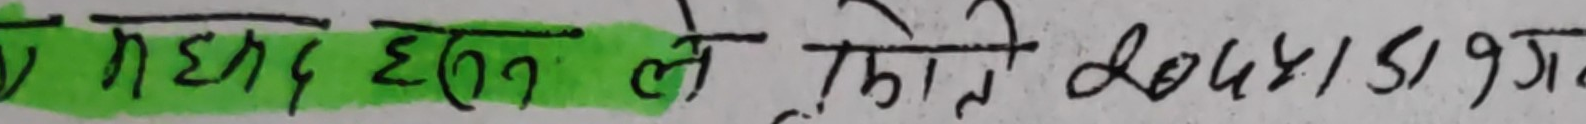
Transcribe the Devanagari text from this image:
मद्दत हलत ले